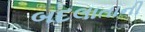
બદલાતાની